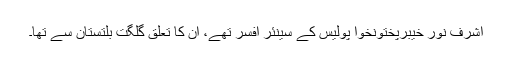
اشرف نور خیبرپختونخوا پولیس کے سینئر افسر تھے، ان کا تعلق گلگت بلتستان سے تھا۔